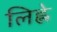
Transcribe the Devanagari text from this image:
लिह्ले